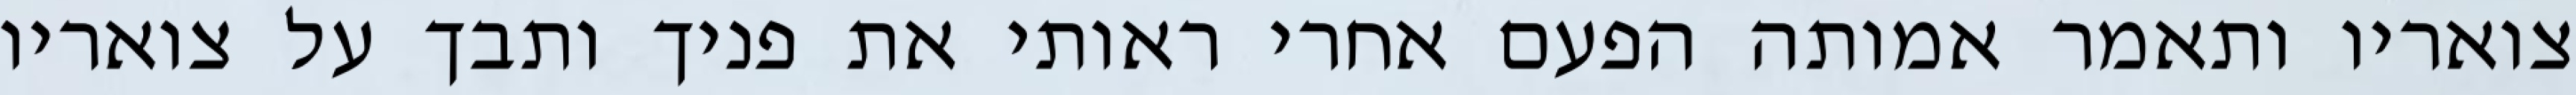
צואריו ותאמר אמותה הפעם אחרי ראותי את פניך ותבך על צואריו